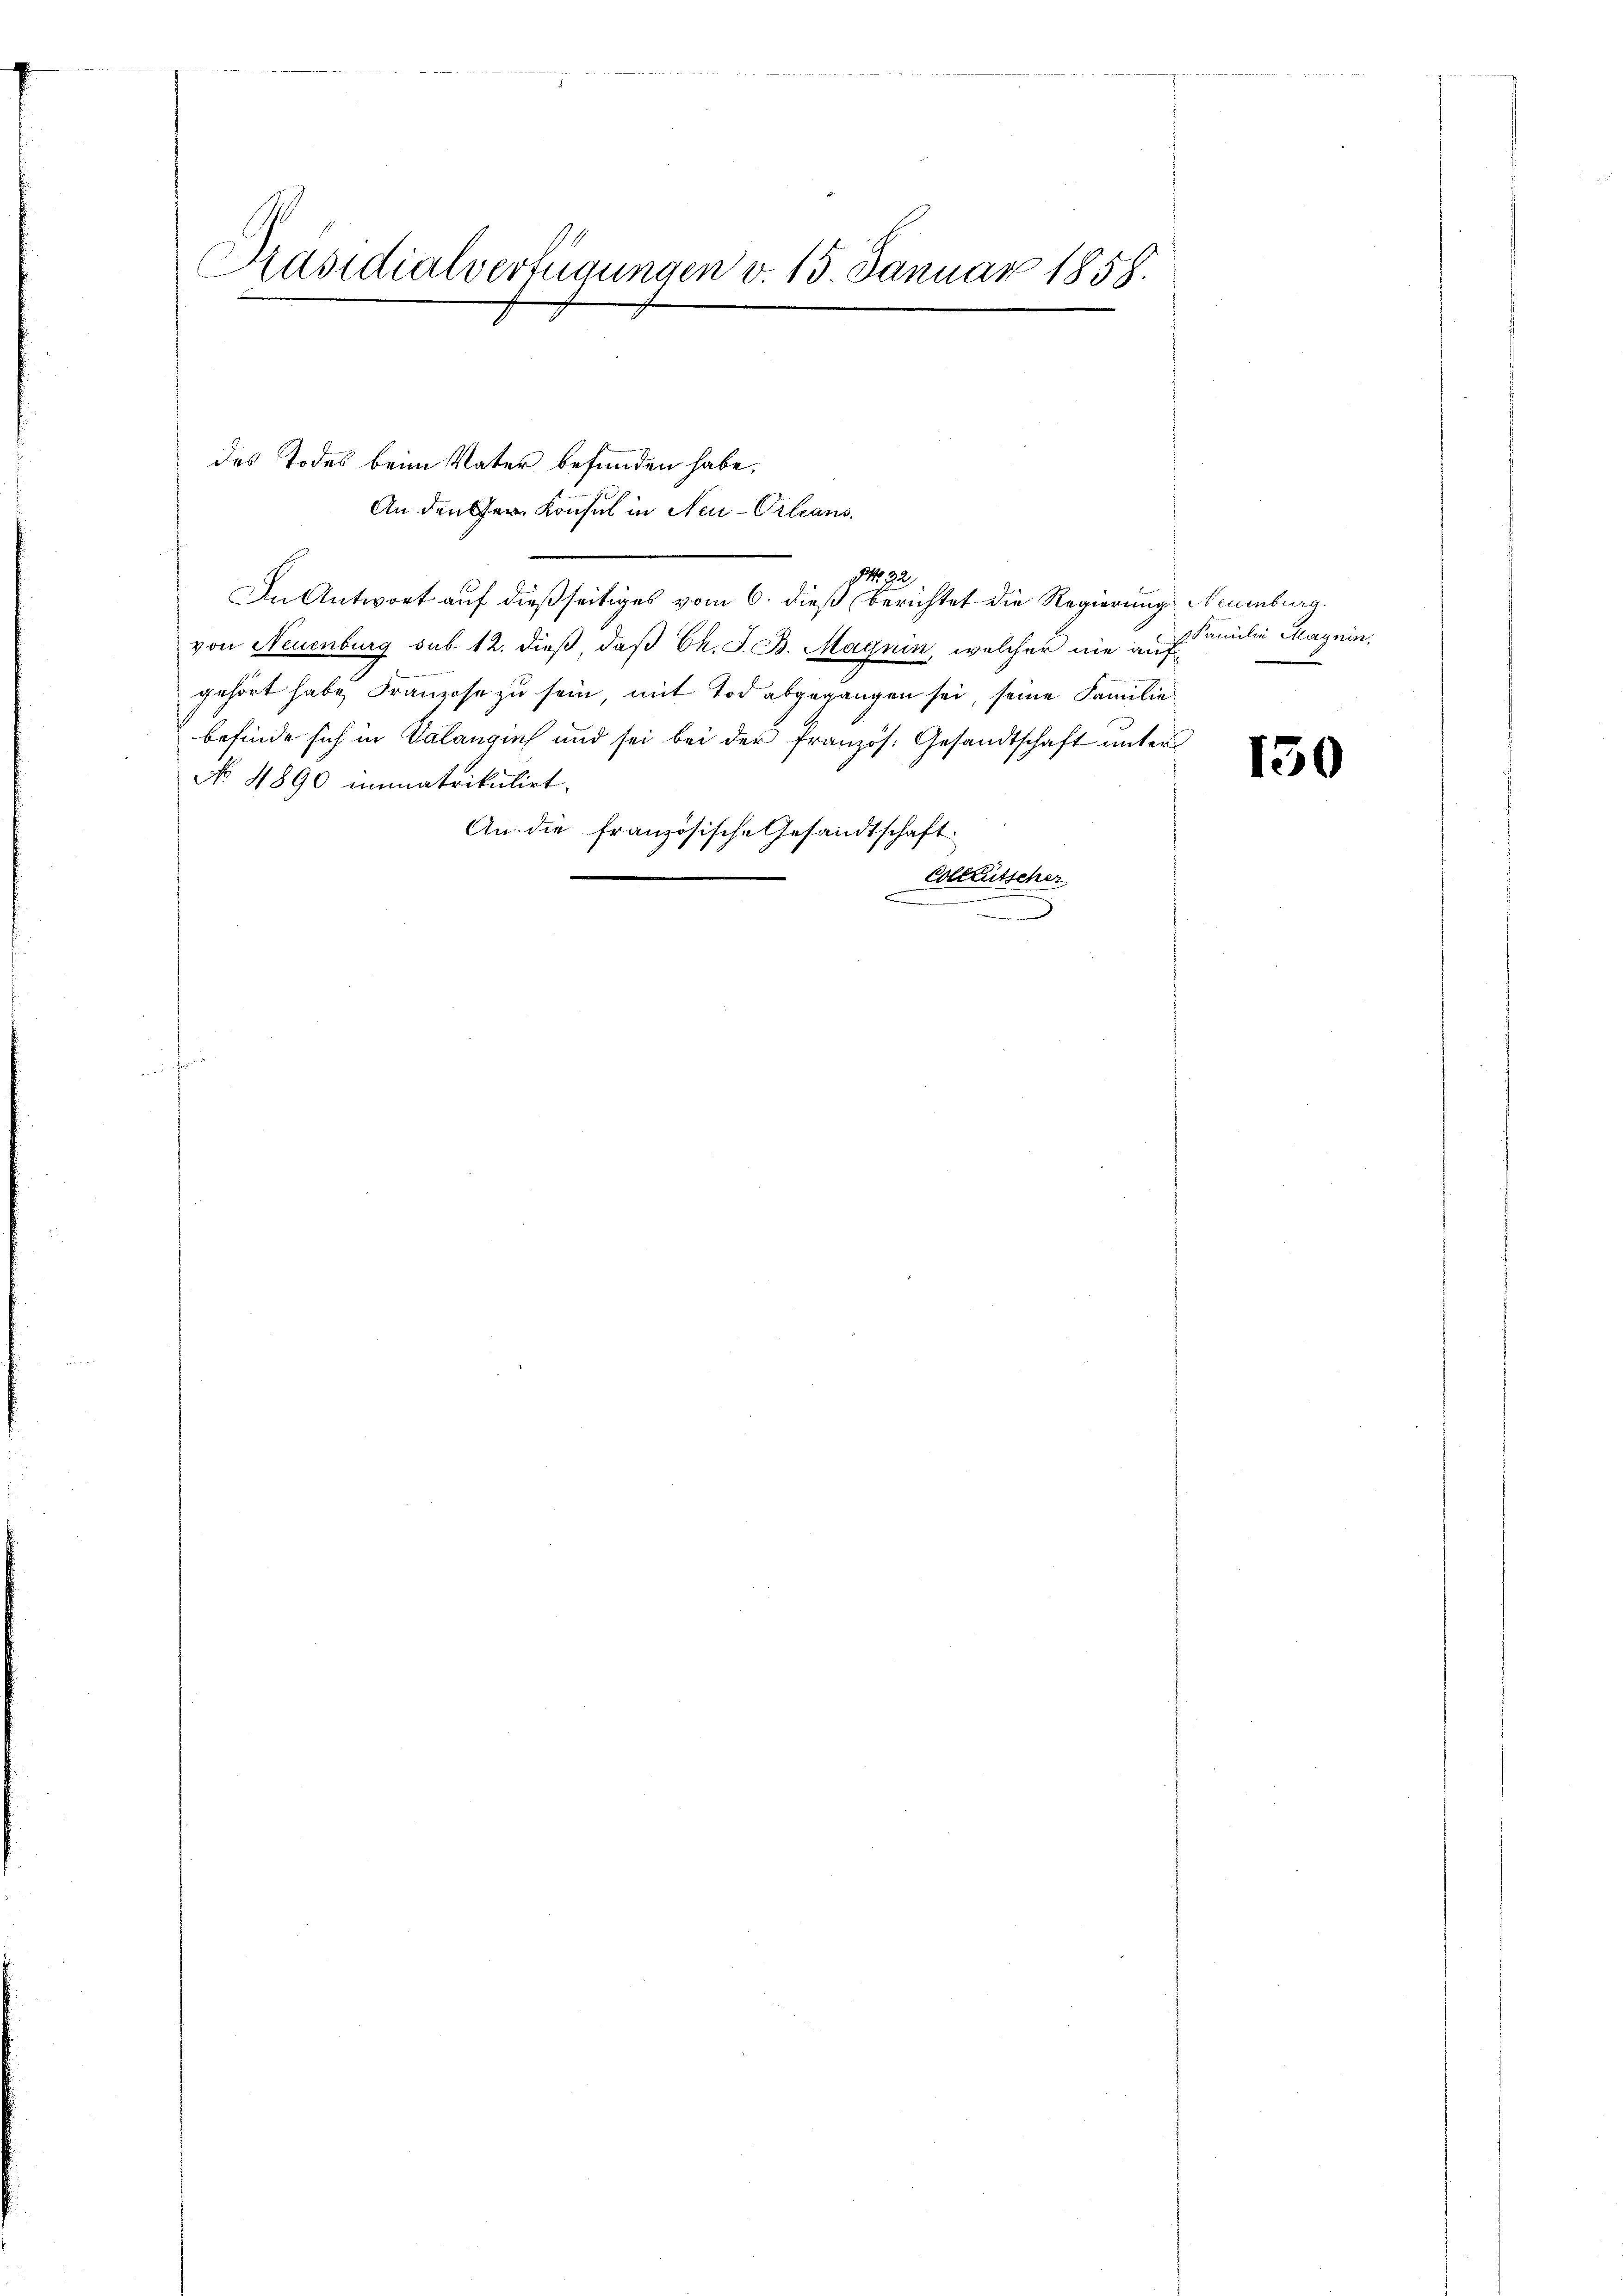
Präsidialverfügungen v. 15. Januar 1858.

des Todes beim Vater befunden habe,
An den Ger. Konsul in Neu-Orleans
e
e
9 No 22.
In Antwort auf dießseitiges vom 6. dieß berichtet die Regierung Neuenburg.
von Neuenburg sub 12. dieß, daß Ek. J. B. Magnin, welcher nie aufgehört habe, Franzose zu sein, mit Tod abgegangen sei, seine Familie
befinde sich in Valangins und sei bei der französ. Gesandtschaft unter
No 4890 immatrikulirt.
An die französische Gesandtschaft.
Colleutscher
.

Familie Magnin,

150